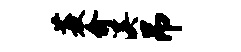
菱俞溪吊